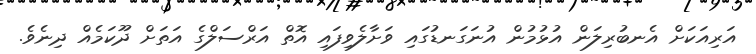
އަރިއަކަށް އެނބުރިލަން އުޅުމުން އުނަގަނޑުގައި ވަށާލެވިފައި އޮތް އަރްސަލްގެ އަތަށް ދޫކަމެއް ދިނެވެ.